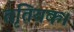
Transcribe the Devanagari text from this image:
तृतियक।